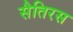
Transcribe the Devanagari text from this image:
सैतिरस